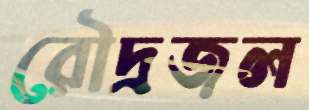
রৌদ্রজল